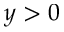
y > 0